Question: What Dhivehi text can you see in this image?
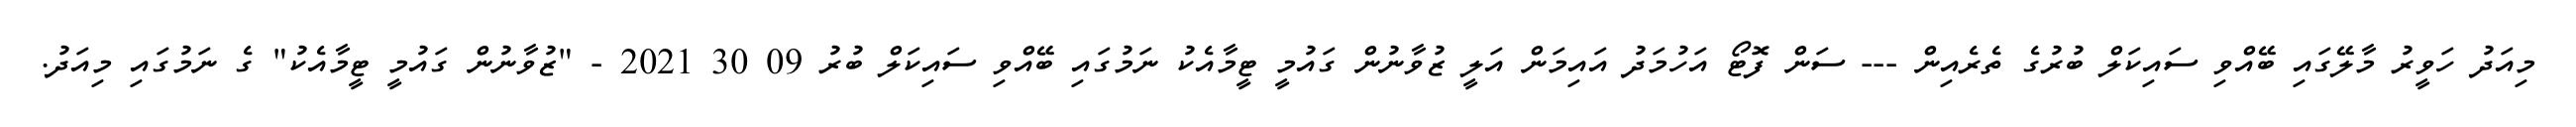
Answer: މިއަދު ހަވީރު މާލޭގައި ބޭއްވި ސައިކަލް ބުރުގެ ތެރެއިން --- ސަން ފޮޓޯ އަހުމަދު އައިމަން އަލީ ޒުވާނުން ގައުމީ ޓީމާއެކު ނަމުގައި ބޭއްވި ސައިކަލް ބުރު 09 30 2021 - "ޒުވާނުން ގައުމީ ޓީމާއެކު" ގެ ނަމުގައި މިއަދު.